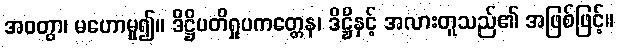
အဝတွာ၊ မဟောမူ၍။ ဒိဋ္ဌိပတိရှုပကတ္တေန၊ ဒိဋ္ဌိနှင့် အလားတူသည်၏ အဖြစ်ဖြင့်။